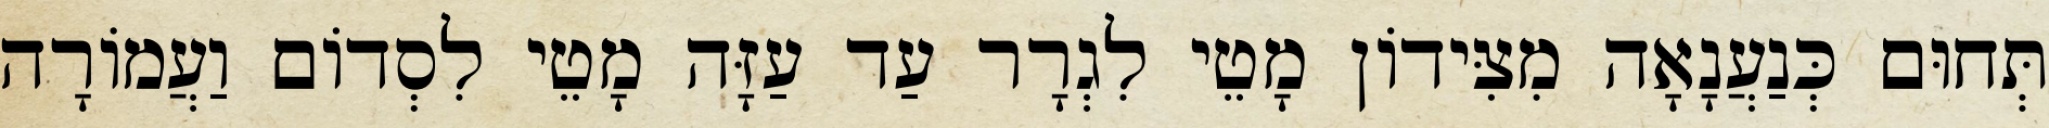
תְּחוּם כְּנַעֲנָאָה מִצִּידוֹן מָטֵי לִגְרָר עַד עַזָּה מָטֵי לִסְדוֹם וַעֲמוֹרָה